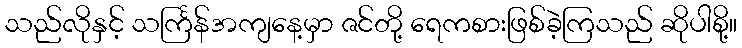
သည်လိုနှင့် သင်္ကြန်အကျနေ့မှာ ဇင်တို့ ရေကစားဖြစ်ခဲ့ကြသည် ဆိုပါစို့။